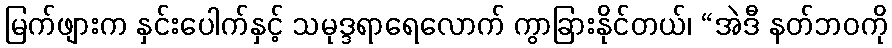
မြက်ဖျားက နှင်းပေါက်နှင့် သမုဒ္ဒရာရေလောက် ကွာခြားနိုင်တယ်၊ “အဲဒီ နတ်ဘဝကို